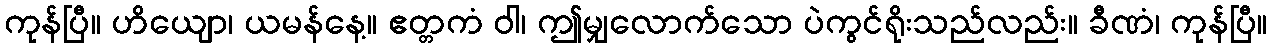
ကုန်ပြီ။ ဟိယျော၊ ယမန်နေ့။ ဧတ္တကံ ဝါ၊ ဤမျှလောက်သော ပဲကွင်ရိုးသည်လည်း။ ခီဏံ၊ ကုန်ပြီ။